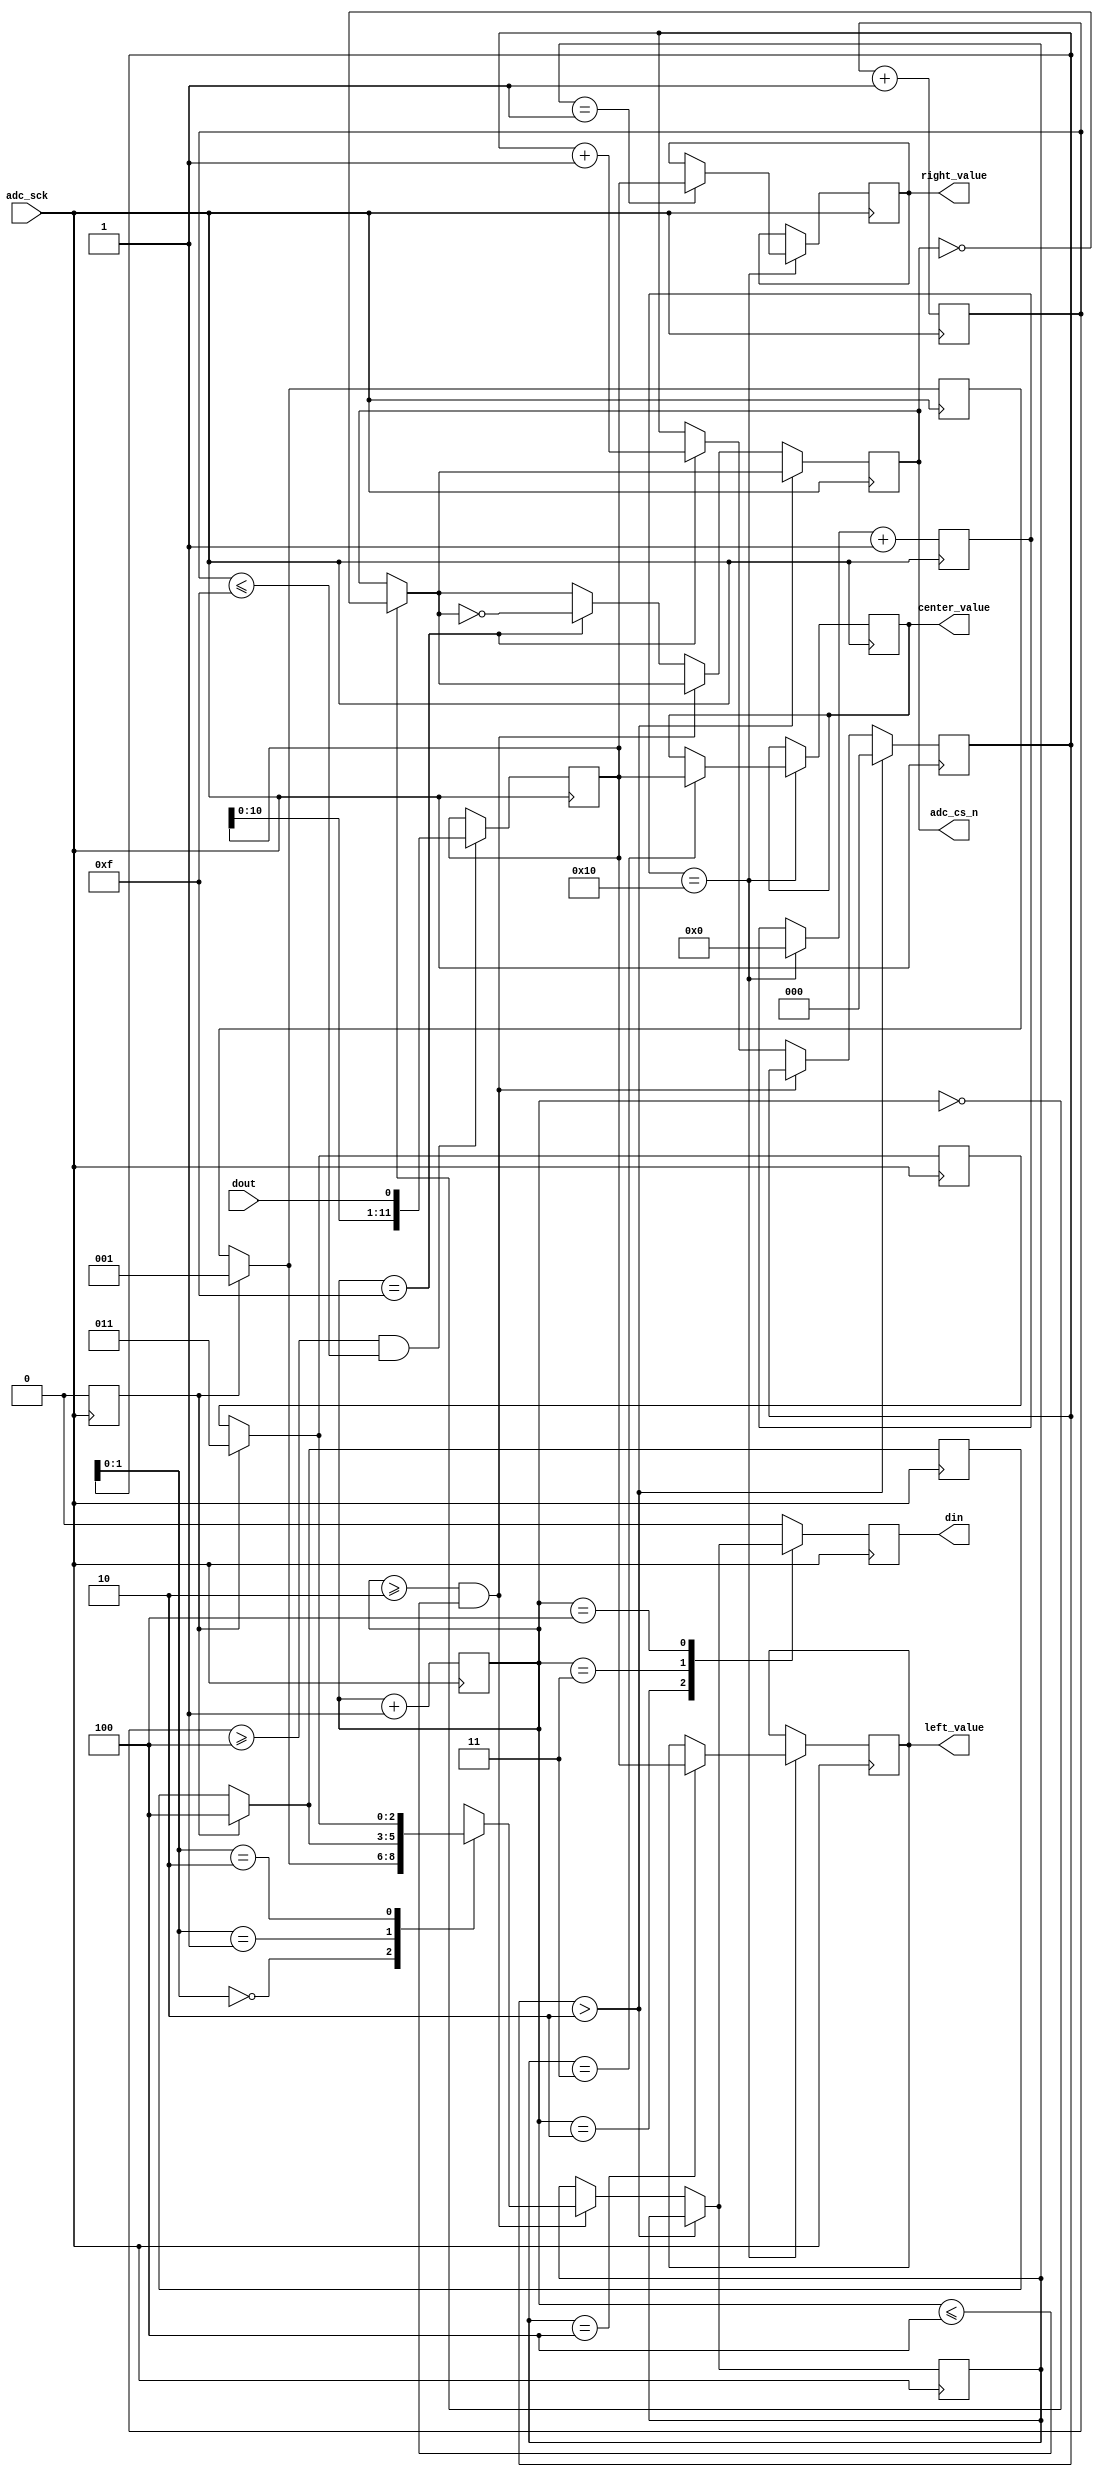
/*
# Team ID:          2396
# Theme:            AstroTinker Bot
# Author List:      eynatra
# Filename:         ADC_controller
# File Description: Callibrates ADC of FPGA and gives relative values for left, center and right sensors
# Global variables: None
*/

// Module Declaration
module ADC_Controller(
    input  dout, adc_sck,
    output adc_cs_n, din,
    output [11:0] left_value, center_value, right_value
);

// Declaring registers
reg[11:0] dout_chx, dout_ch1 = 0, dout_ch4 = 0, dout_ch3 = 0;
reg[4:0] data_counter = 0;
reg[3:0] din_counter = 0, sp_counter = 0;
reg[2:0] channel_select = 0, channel = 0;
reg[2:0] mem1 [0:2];
reg adc_cs = 1, din_temp = 0, init = 1;

always @(negedge adc_sck) begin
    // Initializing Channels for 1, 4, 3 to get input from the line follower sensor
    if(init == 1) begin
        // memory initialization
        init = 0; mem1[0] = 1; mem1[1] = 4; mem1[2] = 3;
    end

    // Generating digital input signal which holds the analog channel address
    if (din_counter == 0) adc_cs = ~adc_cs;
    if (channel_select > 2) channel_select = 0;
    else if((din_counter >= 2) && (din_counter <= 4)) channel = mem1[channel_select];
    else if(din_counter == 15) begin
            adc_cs = ~adc_cs;
            channel_select = channel_select + 1'b1;
    end

    case(din_counter)
        2: din_temp = channel[2];
        3: din_temp = channel[1];
        4: din_temp = channel[0];
        default: din_temp = 0;
    endcase
    din_counter = din_counter + 1'b1;
end

// Serial In Parallel Out Block
always @(posedge adc_sck) begin
    // Reading Serial Values from dout signal,
    // then shifting that values into parallel data
    if(sp_counter >= 4 && sp_counter <= 15) begin
        dout_chx = {dout_chx[10:0], dout};
    end
    sp_counter = sp_counter + 1'b1;
end

// Channel Mapping Block
always @(negedge adc_sck) begin
    if(data_counter == 16) begin
        data_counter = 0;
        // Mapping parallel data to appropriate output channels
        case(channel)
            1: dout_ch1 = dout_chx;
            4: dout_ch4 = dout_chx;
            3: dout_ch3 = dout_chx;
        endcase
    end
    data_counter = data_counter + 1'b1;
end

// Assigning Outputs to corresponding Registers
assign adc_cs_n = adc_cs;
assign din = din_temp;
assign left_value = dout_ch4;
assign center_value = dout_ch3;
assign right_value = dout_ch1;

endmodule